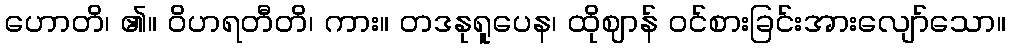
ဟောတိ၊ ၏။ ဝိဟရတီတိ၊ ကား။ တဒနုရူပေန၊ ထိုဈာန် ဝင်စားခြင်းအားလျော်သော။